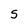
Character: S